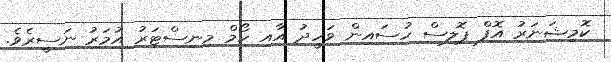
ކޮމިޝަނަރު އޮފް ޕޮލިސް ހުސައިން ވަހީދު އާއި ހޯމް މިނިސްޓަރު އުމަރު ނަސީރެވެ.